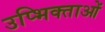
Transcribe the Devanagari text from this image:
उप्भिक्ताओं